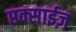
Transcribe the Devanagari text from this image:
एक्साईज़